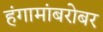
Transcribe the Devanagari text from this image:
हंगामांबरोबर